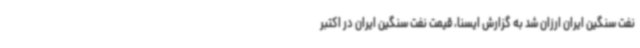
نفت سنگین ایران ارزان شد به گزارش ایسنا، قیمت نفت سنگین ایران در اکتبر